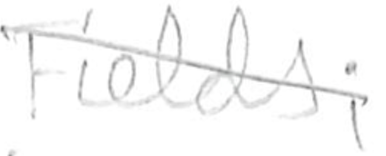
Text: Fields;
Cross-out: diagonal
Writing tool: pencil